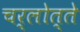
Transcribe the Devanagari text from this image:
चर्लोत्ते